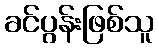
ခင်ပွန်းဖြစ်သူ